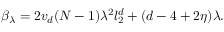
\beta _ { \lambda } = 2 v _ { d } ( N - 1 ) \lambda ^ { 2 } l _ { 2 } ^ { d } + ( d - 4 + 2 \eta ) \lambda .